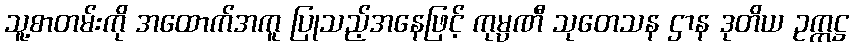
သူ့စာတမ်းကို အထောက်အကူ ပြုသည့်အနေဖြင့် ကုမ္ပဏီ သုတေသန ဌာန ဒုတိယ ဥက္ကဋ္ဌ